Newspaper: Daily Ohio statesman. [volume]
Place of publication: Columbus, Ohio
Publisher: S. Medary
Date: 1865-02-22 00:00:00
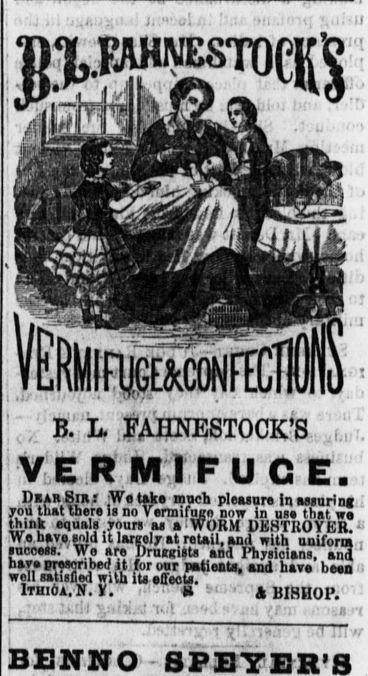
Advertisement text (OCR):
& iL :VimraST0CKSA(.r' V E R RT1 F U C E. DllnHlRI tWstaks mneh kIuium InuimJ.. r you that there Is no Vermifmw now In nse that we think equals yours as a 'WORM DK8TIIOYER." We bays sold it lar; oly at reUil, and with uniform. , success. We are llrnraiatx nH I1,.ll.n. -4 1 Ti p7"2riJe! H fot ST wMwto, and have' been ) net. .M..ioiiou TT1UI IIS sueois. itbio,.i. i- t Tl ' BISHOP. ' V:.'):. J 'U.l .. ': ffv BE NN O - S PETER'S
Label: illustrations